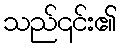
သည်၎င်း၏